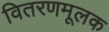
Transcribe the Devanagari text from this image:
वितरणमूलक